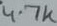
Text: 4.7k